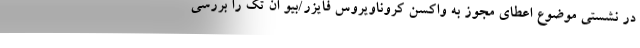
در نشستی موضوع اعطای مجوز به واکسن کروناویروس فایزر/بیو ان تک را بررسی